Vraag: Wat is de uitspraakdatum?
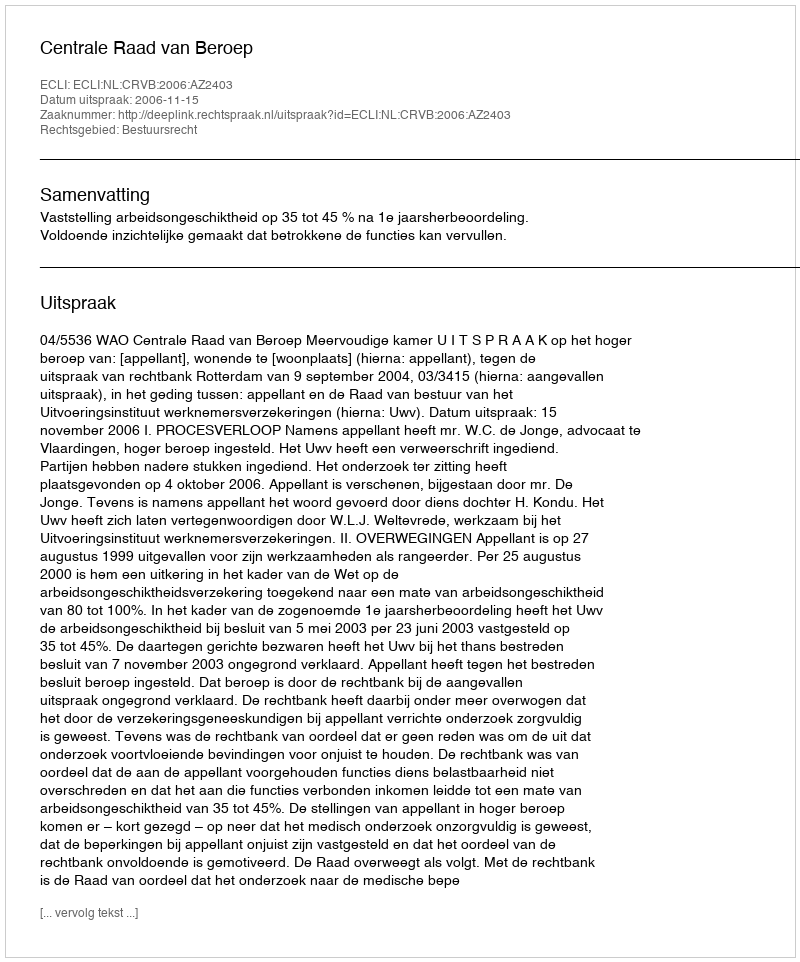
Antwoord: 2006-11-15